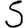
Digit: 5